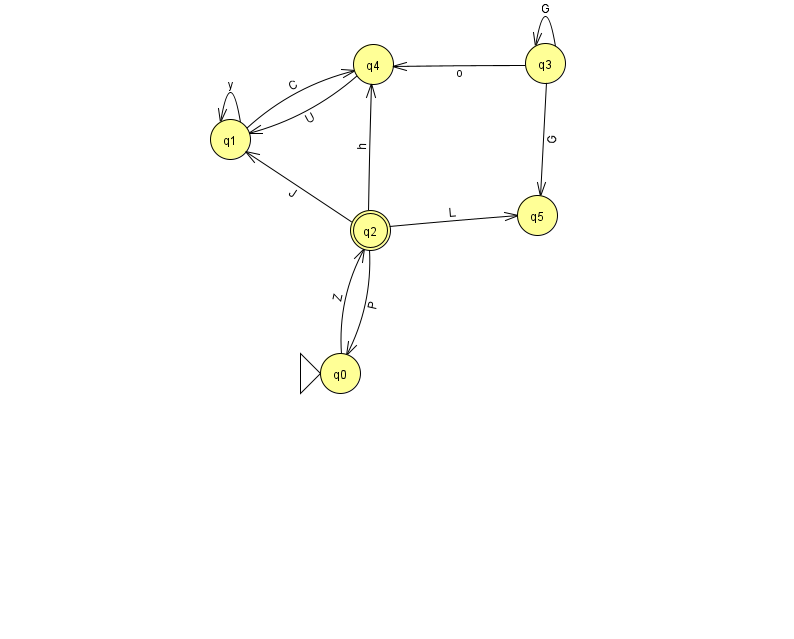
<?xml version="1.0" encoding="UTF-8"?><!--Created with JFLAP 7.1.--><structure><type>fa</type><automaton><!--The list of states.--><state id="0" name="q0"><x>340.0</x><y>360.0</y><initial/></state><state id="1" name="q1"><x>230.0</x><y>126.0</y></state><state id="2" name="q2"><x>370.0</x><y>217.0</y><final/></state><state id="3" name="q3"><x>545.0</x><y>50.0</y></state><state id="4" name="q4"><x>373.0</x><y>51.0</y></state><state id="5" name="q5"><x>537.0</x><y>202.0</y></state><!--The list of transitions.--><transition><from>1</from><to>4</to><read>C</read></transition><transition><from>0</from><to>2</to><read>Z</read></transition><transition><from>2</from><to>1</to><read>J</read></transition><transition><from>2</from><to>4</to><read>h</read></transition><transition><from>4</from><to>1</to><read>U</read></transition><transition><from>3</from><to>3</to><read>G</read></transition><transition><from>1</from><to>1</to><read>y</read></transition><transition><from>2</from><to>5</to><read>L</read></transition><transition><from>3</from><to>4</to><read>o</read></transition><transition><from>2</from><to>0</to><read>P</read></transition><transition><from>3</from><to>5</to><read>G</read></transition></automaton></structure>